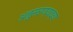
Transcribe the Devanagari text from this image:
अनुसरण्याच्या